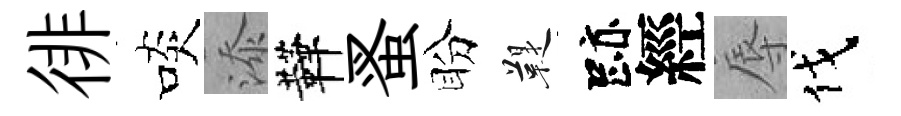
徘啖添鞾蚤盼鞮跡經辱伐